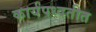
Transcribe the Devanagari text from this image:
कार्यपध्दतीत